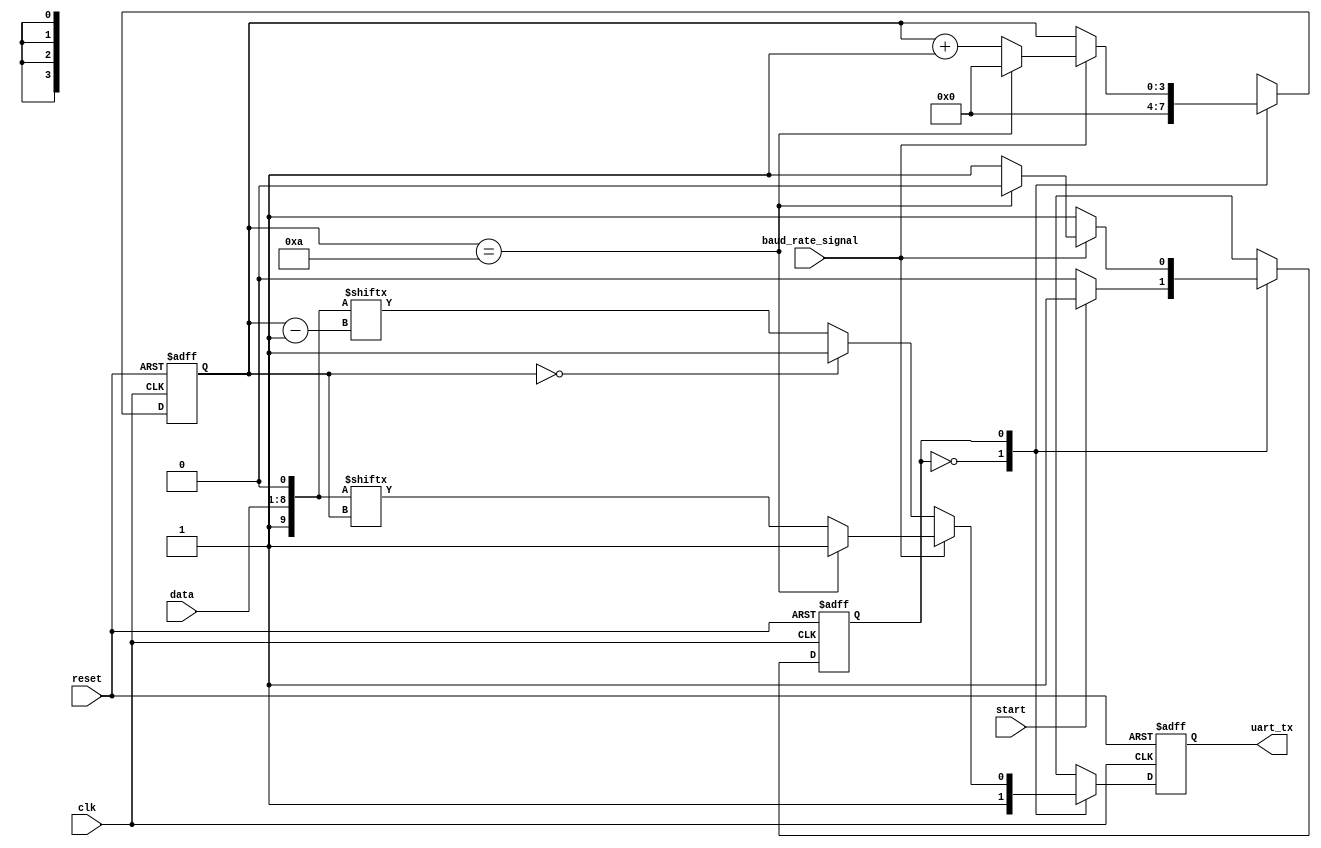
`timescale 1ns / 1ps
//////////////////////////////////////////////////////////////////////////////////
// Company: 
// Engineer: 
// 
// Design Name: 
// Module Name: uart_transmitter
// Project Name: 
// Target Devices: 
// Tool Versions: 
// Description: 
// 
// Dependencies: 
// 
// Revision:
// Revision 0.01 - File Created
// Additional Comments:
// 
//////////////////////////////////////////////////////////////////////////////////
`define idle 1'b0
`define transmit 1'b1

module uart_transmitter(   //similar to parallel to serial
    input clk,
    input reset,
    input [7:0] data,
    input baud_rate_signal,
    input start,
    output reg uart_tx
    );
    
    reg [3:0] bit_counter;
    reg [3:0] next_bit_counter;
    reg state;
    reg next_state;
    reg temp_uart_tx;
    wire [9:0] d;
    
    assign d = {1'b1, data, 1'b0};
    
    always@* begin
        case(state)
        `idle:
        begin
            if ( start == 1) begin
                temp_uart_tx = 1;
                next_state = `transmit;
                next_bit_counter = 0;
            end
            else begin
                temp_uart_tx = 1;
                next_state = `idle;
                next_bit_counter = 0;
            end
        end
        `transmit:
        begin
            if (baud_rate_signal == 1) begin
                if (bit_counter == 10) begin
                    temp_uart_tx = 1;
                    next_state = `idle;
                    next_bit_counter = 0;
                end 
                else begin
                    temp_uart_tx = d[bit_counter];
                    next_state = `transmit;
                    next_bit_counter = bit_counter + 1;
                end
            end
            else begin
                if (bit_counter == 0) begin
                    temp_uart_tx =  1;
                    next_state = `transmit;
                    next_bit_counter =  bit_counter;
                end
                else begin
                    temp_uart_tx = d[bit_counter - 1];
                    next_state = `transmit;
                    next_bit_counter = bit_counter;
                end
            end
        end
        default:
        begin
            temp_uart_tx = 1'bx;
            next_state = `idle;
            next_bit_counter = 0;
        end 
        endcase
    end
    
    always@(posedge clk or posedge reset)
        if(reset)
            state <= `idle;
        else
            state <= next_state;

    always@(posedge clk or posedge reset)
        if(reset)
            bit_counter <= 0;
        else
            bit_counter <= next_bit_counter;
            
    always@(posedge clk or posedge reset)
        if(reset)
            uart_tx <= 1'b1;
        else
            uart_tx <= temp_uart_tx;
    
endmodule